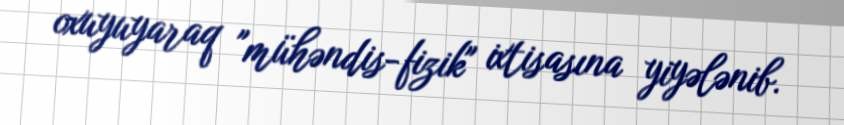
oxuyuyaraq "mühəndis-fizik" ixtisasına yiyələnib.